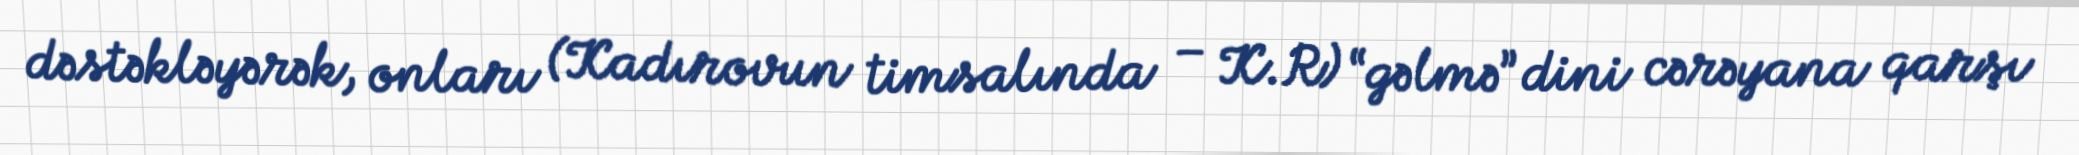
dəstəkləyərək, onları (Kadırovun timsalında – K.R) “gəlmə” dini cərəyana qarşı